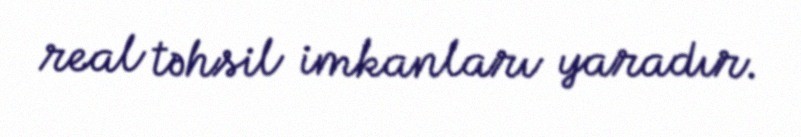
real təhsil imkanları yaradır.